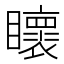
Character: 𭿯